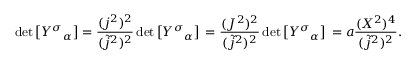
\mathrm { d e t } \left[ { { \cal Y } ^ { \sigma } } _ { \alpha } \right] = \frac { ( j ^ { 2 } ) ^ { 2 } } { ( { \tilde { j } } ^ { 2 } ) ^ { 2 } } \, \mathrm { d e t } \left[ { { \cal Y } ^ { \sigma } } _ { \alpha } \right] \, = \frac { ( { \cal J } ^ { 2 } ) ^ { 2 } } { ( { \tilde { j } } ^ { 2 } ) ^ { 2 } } \, \mathrm { d e t } \left[ { { \cal Y } ^ { \sigma } } _ { \alpha } \right] \, = a \frac { ( { \cal X } ^ { 2 } ) ^ { 4 } } { ( { \tilde { j } } ^ { 2 } ) ^ { 2 } } .